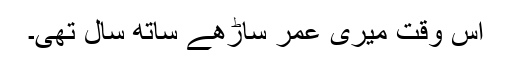
اس وقت میری عمر ساڑھے ساتھ سال تھی۔